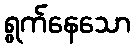
ရွက်နေသော